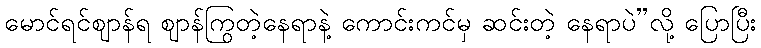
မောင်ရင်ဈာန်ရ ဈာန်ကြွတဲ့နေရာနဲ့ ကောင်းကင်မှ ဆင်းတဲ့ နေရာပဲ”လို့ ပြောပြီး